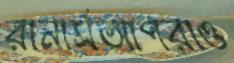
রানার্সআপরাও